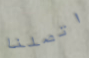
اتصلنا